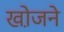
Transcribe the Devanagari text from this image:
खो़जने